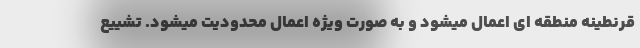
قرنطینه منطقه ای اعمال میشود و به صورت ویژه اعمال محدودیت میشود. تشییع